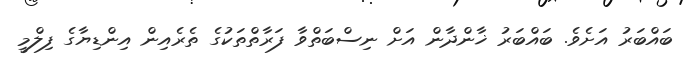
ބައްބަރު އަށެވެ. ބައްބަރު ޚާންދާން އަށް ނިސްބަތްވާ ފަރާތްތަކުގެ ތެރެއިން އިންޑިޔާގެ ފިލްމީ